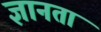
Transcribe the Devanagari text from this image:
ज्ञानता